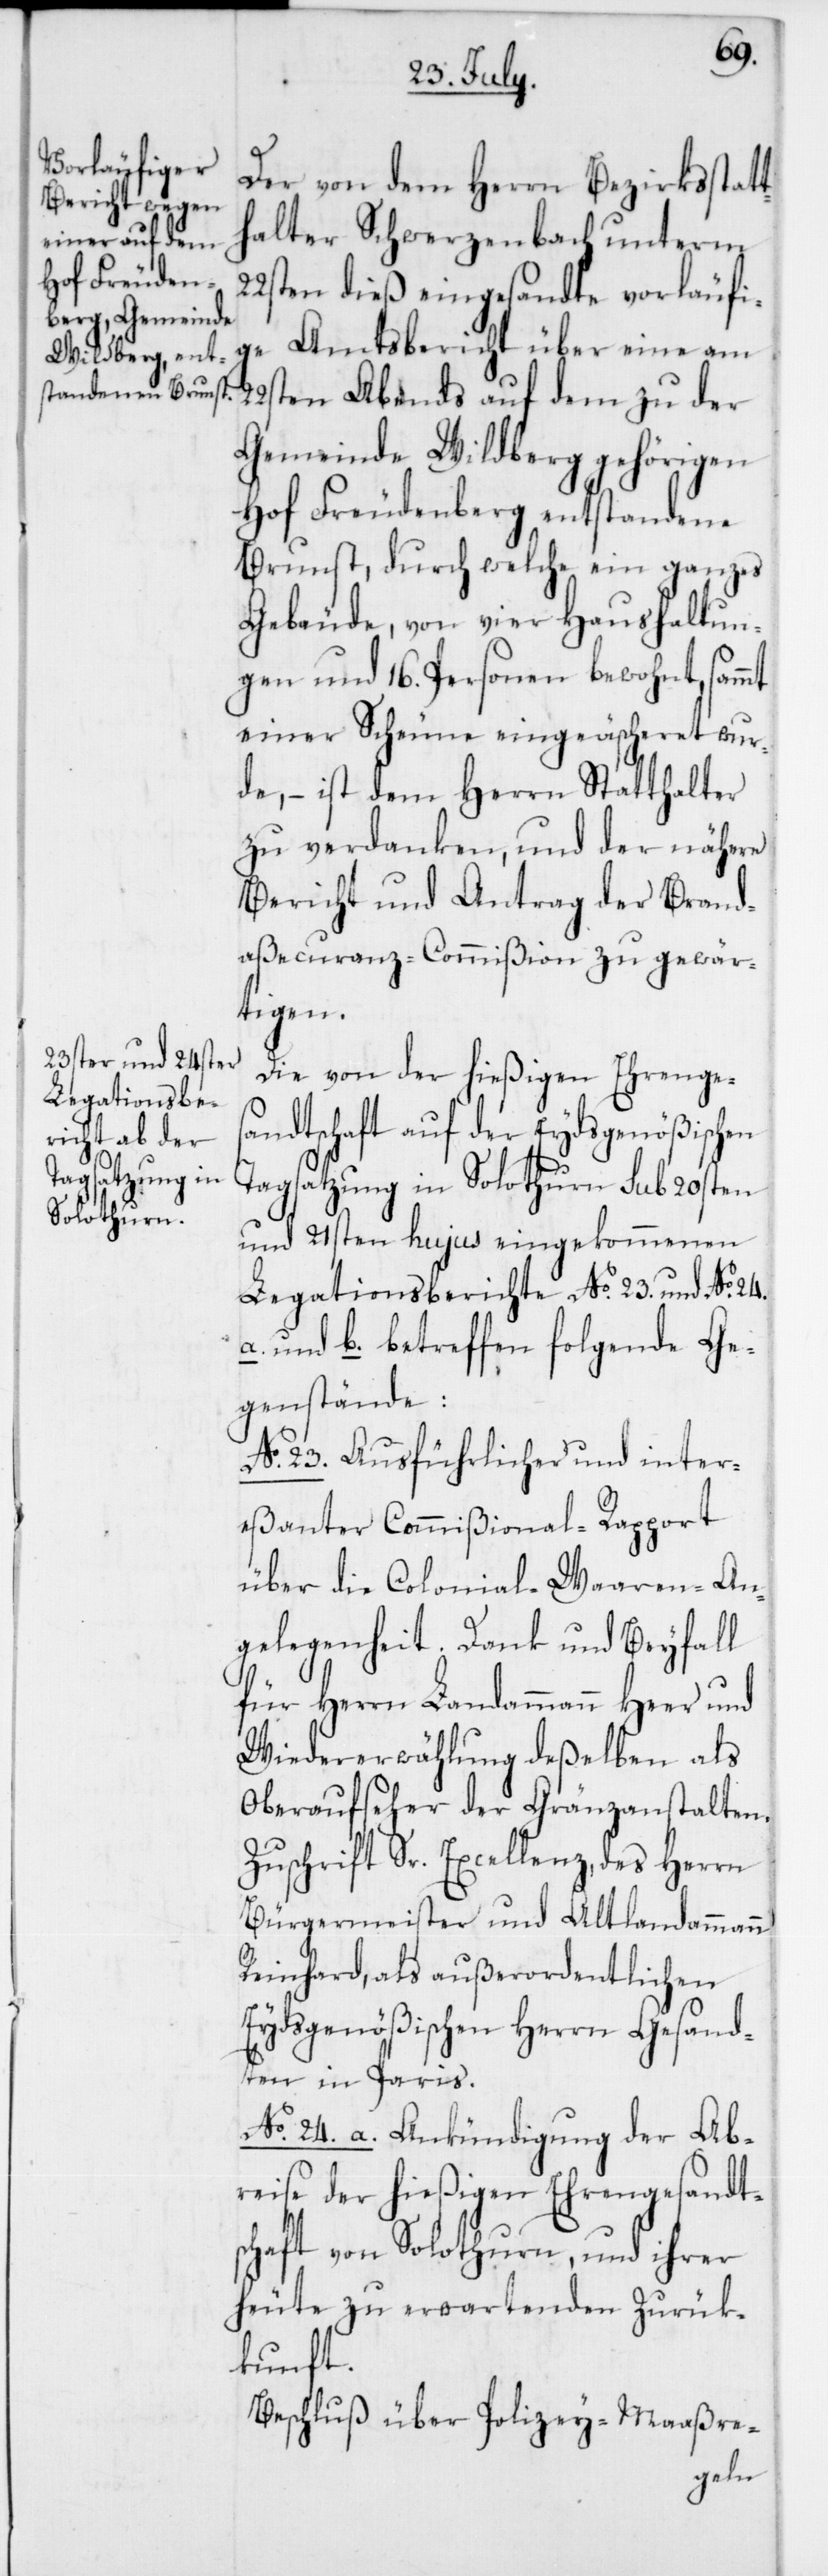
Der von dem Herrn Bezirksstatt¬
halter Schwerzenbach unterm
22sten dieß eingesandte vorläufi¬
ge Amtsbericht über eine am
22sten Abends auf dem zu der
Gemeinde Wildberg gehörigen
Hof Freudenberg entstandene
Brunst, durch welche ein ganzes
Gebäude, von vier Haushaltun¬
gen und 16. Personen bewohnt, sammt
einer Scheune eingeäscheret wur¬
de, – ist dem Herrn Statthalter
zu verdanken, und der nähere
Bericht und Antrag der Brand¬
aßecuranz-Commißion zu gewär¬
tigen.
Die von der hießigen Ehrenges¬
andtschaft auf der Eydsgenößischen
Tagsatzung in Solothurn sub 20sten
und 21sten hujus eingekommenen
Legationsberichte No. 23 und No. 24
a. und b. betreffen folgende Ge¬
genstände:
No. 23. Ausführlicher und inter¬
eßanter Commißional-Rapport
über die Colonial-Waaren-An¬
gelegenheit. Dank und Beyfall
für Herrn Landammann Heer und
Wiedererwählung deßelben als
Oberaufseher der Gränzanstalten.
Zuschrift Sr. Excellenz, des Herrn
Bürgermeister und Altlandammann
Reinhard, als außerordentlichen
Eydsgenößischen Herrn Gesand¬
ten in Paris.
No. 24. a. Ankündigung der Ab¬
reise der hießigen Ehrengesandt¬
schaft von Solothurn, und ihrer
heute zu erwartenden Zurük¬
kunft.
Beschluß über Polizey-Maaßre-